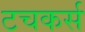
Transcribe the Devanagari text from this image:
टचकर्स